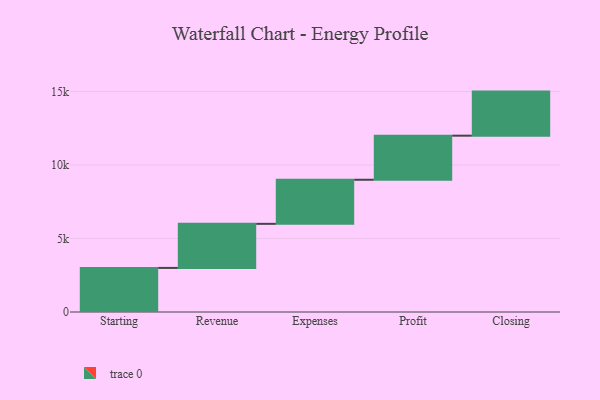
{"axis": {"x": "Step", "y": "Value"}, "legend": [""], "data": [{"x": "Starting", "y": 3000, "type": ""}, {"x": "Revenue", "y": 3000, "type": ""}, {"x": "Expenses", "y": 3000, "type": ""}, {"x": "Profit", "y": 3000, "type": ""}, {"x": "Closing", "y": 3000, "type": ""}]}